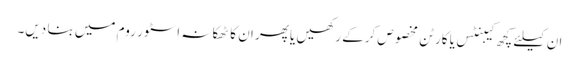
ان کیلئے کچھ کیبنٹس یا کارٹن مخصوص کرکے رکھیں یا پھر ان کا ٹھکانہ اسٹور روم میں بنا دیں۔